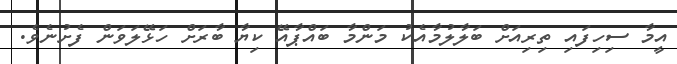
އީމާ ސިހިފައި ތިރިއަށް ބަލާލުމާއެކު މަންމާ ބައްޕާއޭ ކިޔާ ބާރަށް ހަޅޭލަވަން ފެށުނެވެ.